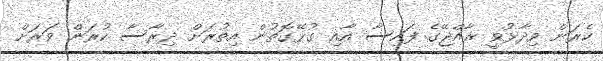
ކެރަން ވިދާޅުވީ ރާއްޖޭގެ ފައިސާ އާއި ގުޅޭގޮތުން އިތުރަށް ދިރާސާ ކުރަން ވަރަށް